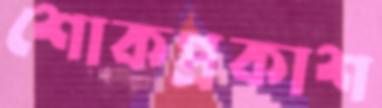
শোকপ্রকাশ